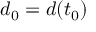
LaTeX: d _ { 0 } = d ( t _ { 0 } )